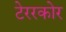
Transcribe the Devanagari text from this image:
टेररकोर